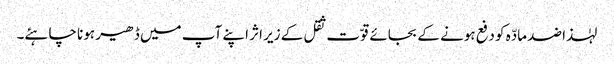
لہٰذا ضد مادّہ کو دفع ہونے کے بجائے قوّت ثقل کے زیر اثر اپنے آپ میں ڈھیر ہونا چاہئے۔